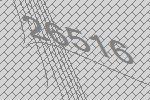
26516